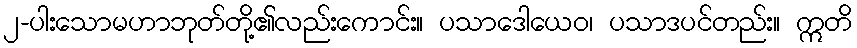
၂-ပါးသောမဟာဘုတ်တို့၏လည်းကောင်း။ ပသာဒေါယေဝ၊ ပသာဒပင်တည်း။ ဣတိ